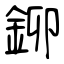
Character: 鉚